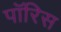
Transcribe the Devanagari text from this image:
पॉरिस